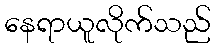
နေရာယူလိုက်သည်